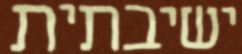
ישיבתית